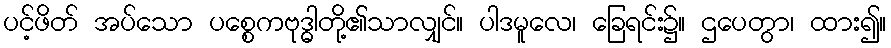
ပင့်ဖိတ် အပ်သော ပစ္စေကဗုဒ္ဓါတို့၏သာလျှင်။ ပါဒမူလေ၊ ခြေရင်း၌။ ဌပေတွာ၊ ထား၍။